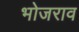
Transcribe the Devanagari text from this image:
भोजराव